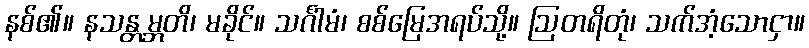
နစ်၏။ နသန္တမ္ဘတိ၊ မခိုင်။ သင်္ဂါမံ၊ စစ်မြေအရပ်သို့။ ဩတရိတုံ၊ သက်အံ့သောငှာ။